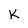
Character: K